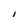
Character: I